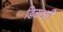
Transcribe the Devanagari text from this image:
डिकश्नरी